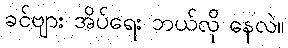
ခင်ဗျား အိပ်ရေး ဘယ်လို နေလဲ။